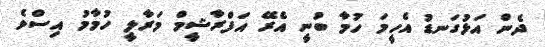
ދެން އަޅުގަނޑު އެހީމަ ހުމާ ބުނީ އެރޭ އަފްރާޝީމް މަރާލީ ހުމާމު އިސްވެ